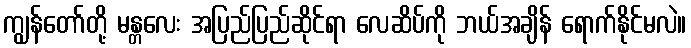
ကျွန်တော်တို့ မန္တလေး အပြည်ပြည်ဆိုင်ရာ လေဆိပ်ကို ဘယ်အချိန် ရောက်နိုင်မလဲ။